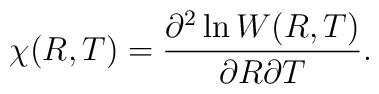
\chi (R,T) = \frac{\partial ^{2} \ln W(R,T)}{\partial R \partial T}.